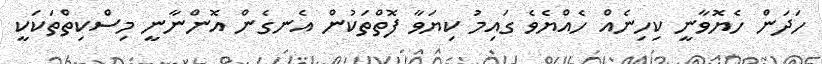
ހަދަން ހެޔޮވާނީ ކިހިނެއް ހެއްޔެވެ ގައިމު ކިޔަވާ ފޮތްތަކުން އެނގެން އޮންނާނީ މިސްކިތްތަކަކީ